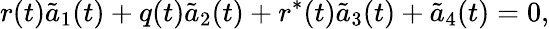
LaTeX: r(t)\tilde{a}_{1}(t)+q(t)\tilde{a}_{2}(t)+r^{*}(t)\tilde{a}_{3}(t)+\tilde{a}_{4}(t)=0,